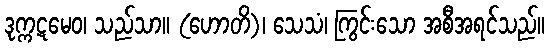
ဒုက္ကဋမေဝ၊ သည်သာ။ (ဟောတိ)၊ သေသံ၊ ကြွင်းသော အစီအရင်သည်။